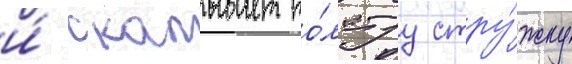
и́ скалывает то́лстуу стру́жку